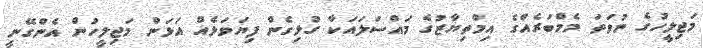
މަޖިލީހުގެ ނުވަތަ މެމްބަރެއްގެ އިމްތިޔާޒުގެ މައްސަލައަކާ ގުޅިގެން ފިޔަވަޅެއް އަޅަން މަޖިލީހުން އެންގޭނީ